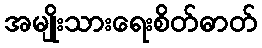
အမျိုးသားရေးစိတ်ဓာတ်